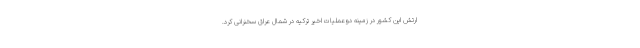
ارتش این کشور در زمینه دوعملیات اخیر ترکیه در شمال عراق سخنرانی کرد.